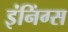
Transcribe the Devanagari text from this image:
इंनिंग्स